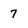
Character: 7